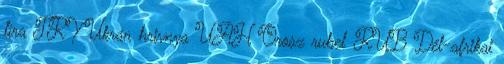
líra TRY Ukrán hrivnya UAH Orosz rubel RUB Dél-afrikai